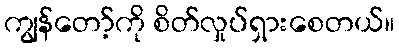
ကျွန်တော့်ကို စိတ်လှုပ်ရှားစေတယ်။